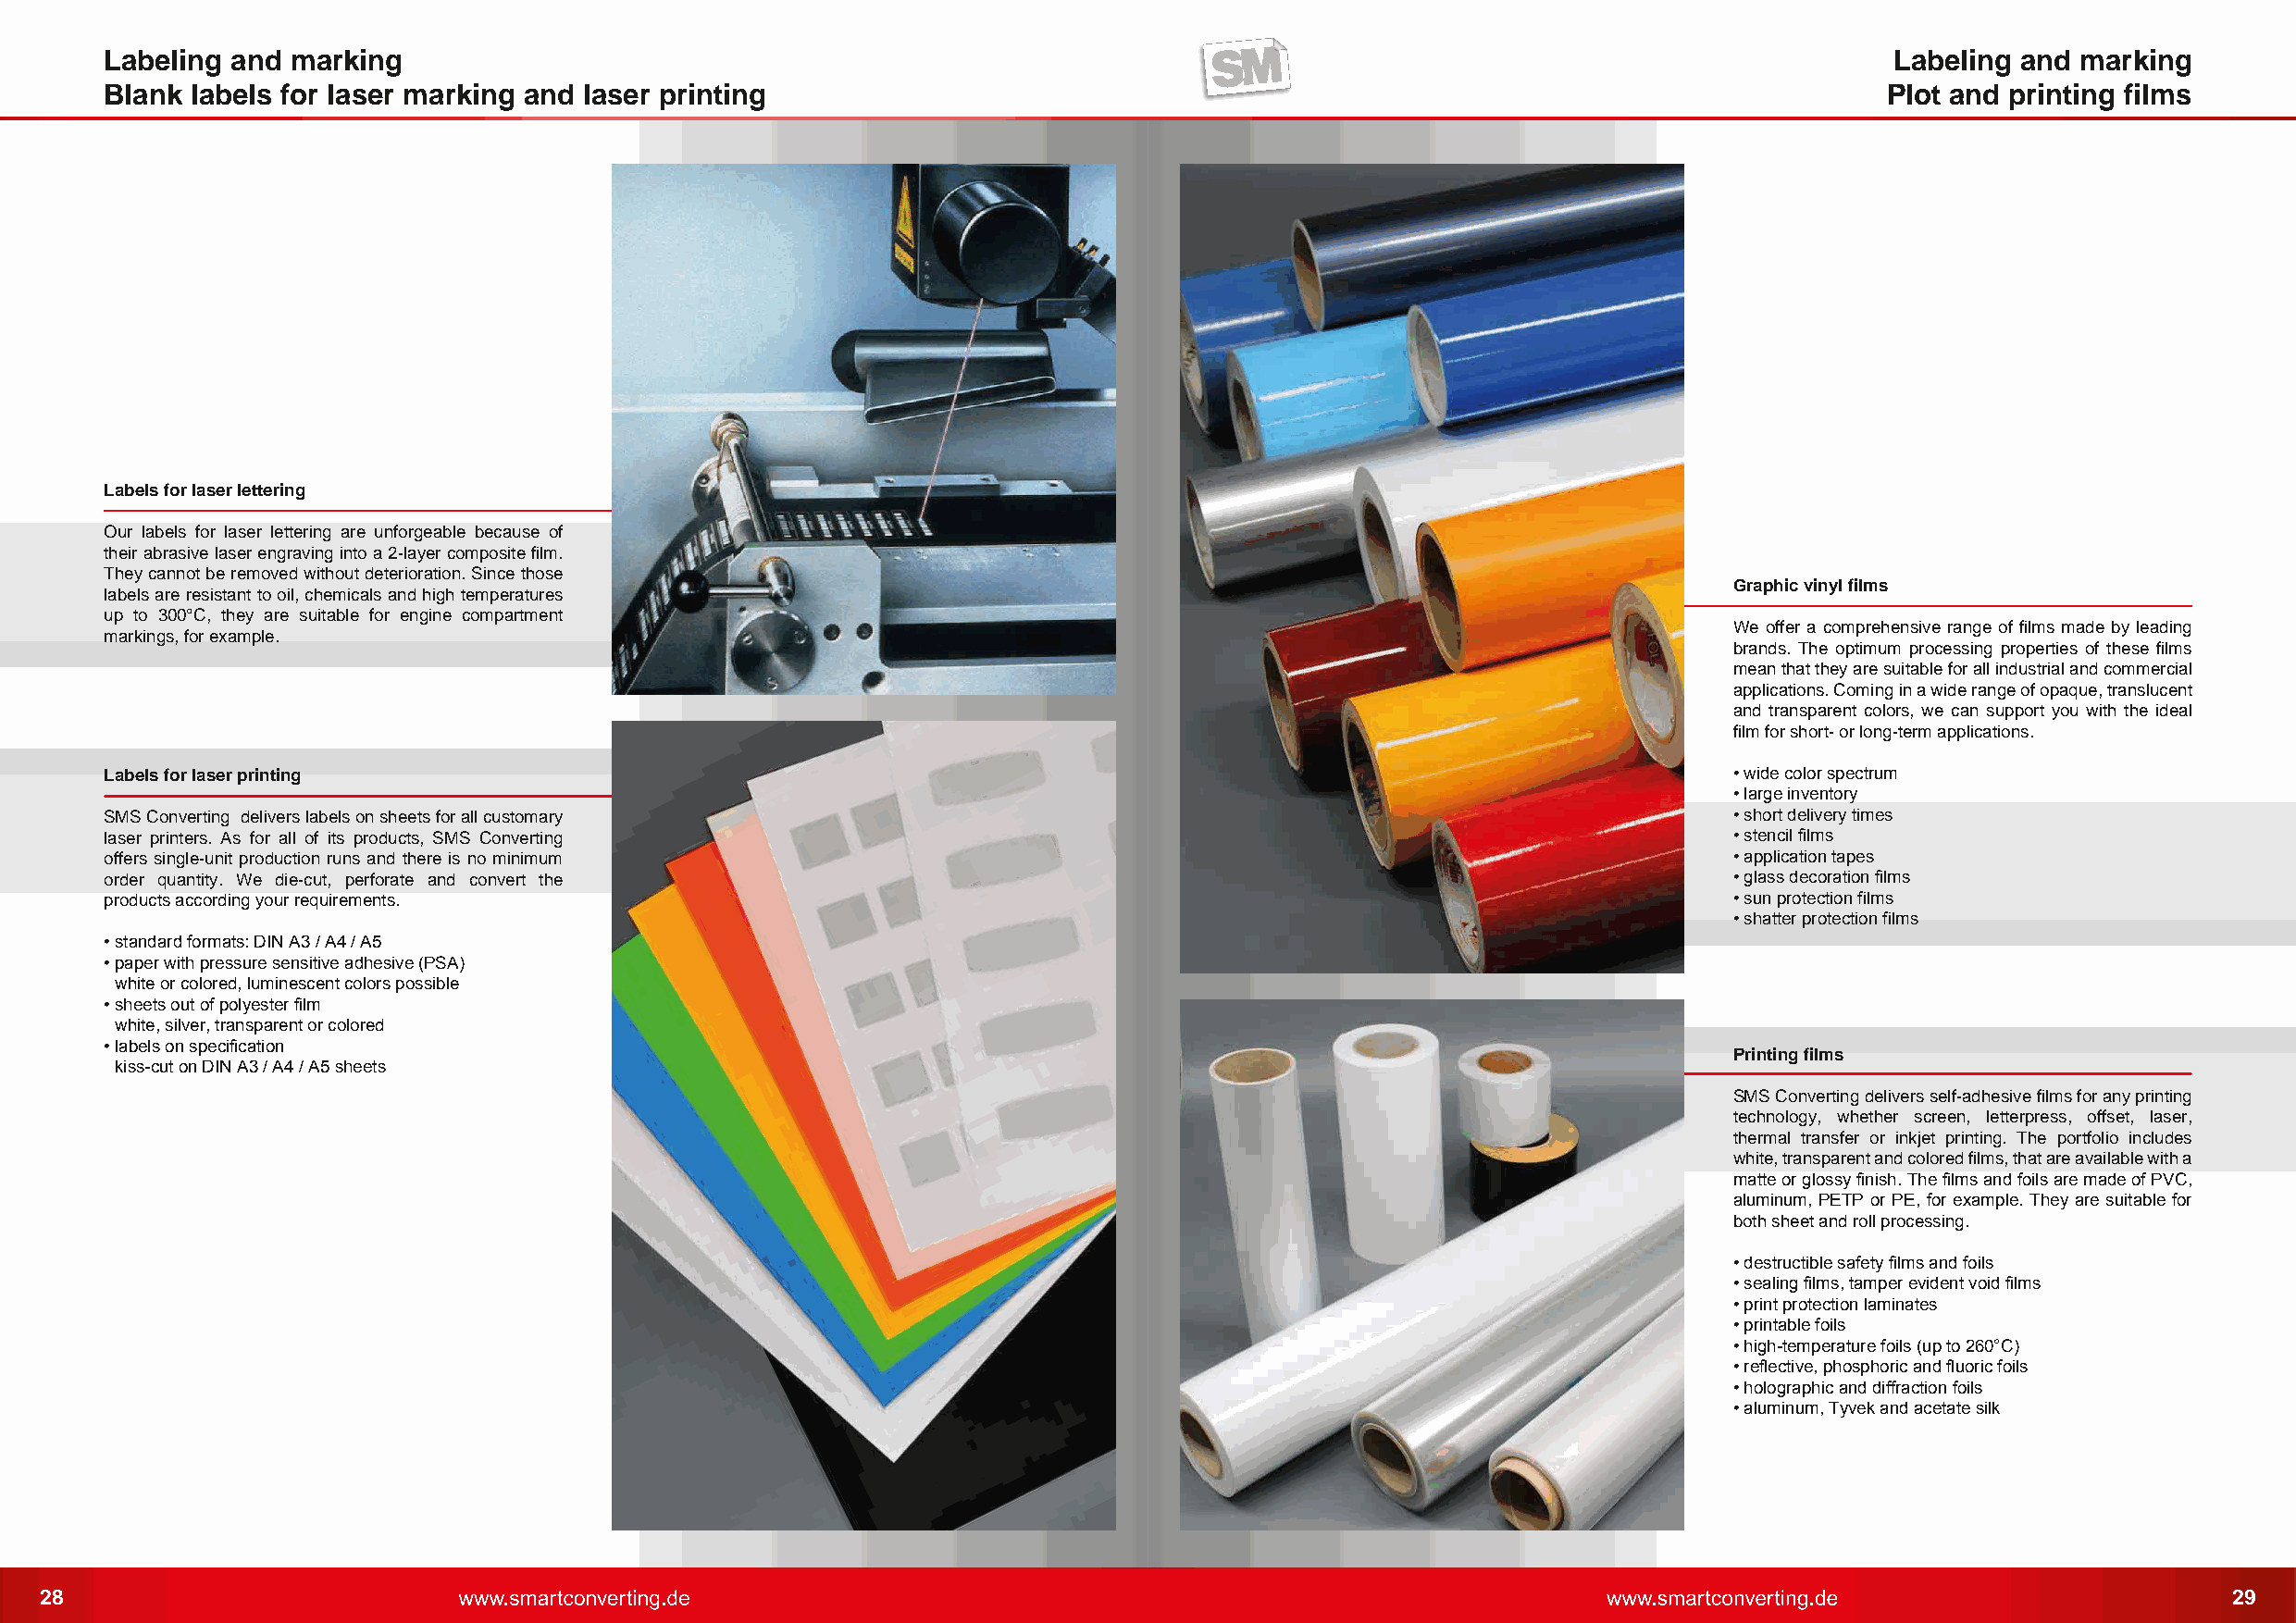
Labeling  and marking                                                                                                           Labeling and  marking
 Blank  labels for laser marking and laser printing                                                                              Plot and printing films
 Labels for laser lettering
 Our labels for laser lettering are unforgeable because of
 their abrasive laser engraving into a 2-layer composite film.
 They cannot be removed without deterioration. Since those
 Graphic vinyl films
 labels are resistant to oil, chemicals and high temperatures
 up to 300°C, they are suitable for engine compartment
 We offer a comprehensive range of films made by leading
 markings, for example.
 brands. The optimum processing properties of these films
 mean that they are suitable for all industrial and commercial
 applications. Coming in a wide range of opaque, translucent
 and transparent colors, we can support you with the ideal
 film for short- or long-term applications.
 Labels for laser printing                                                                                            • wide color spectrum
 • large inventory
 SMS Converting delivers labels on sheets for all customary                                                           • short delivery times
 laser printers. As for all of its products, SMS Converting                                                           • stencil films
 offers single-unit production runs and there is no minimum                                                           • application tapes
 order quantity. We die-cut, perforate and convert the                                                                • glass decoration films
 products according your requirements.                                                                                • sun protection films
 • shatter protection films
 • standard formats: DIN A3 / A4 / A5
 • paper with pressure sensitive adhesive (PSA)
 white or colored, luminescent colors possible
 • sheets out of polyester film
 white, silver, transparent or colored
 • labels on specification
 Printing films
 kiss-cut on DIN A3 / A4 / A5 sheets
 SMS Converting delivers self-adhesive films for any printing
 technology, whether screen, letterpress, offset, laser,
 thermal transfer or inkjet printing. The portfolio includes
 white, transparent and colored films, that are available with a
 matte or glossy finish. The films and foils are made of PVC,
 aluminum, PETP or PE, for example. They are suitable for
 both sheet and roll processing.
 • destructible safety films and foils
 • sealing films, tamper evident void films
 • print protection laminates
 • printable foils
 • high-temperature foils (up to 260°C)
 • reflective, phosphoric and fluoric foils
 • holographic and diffraction foils
 • aluminum, Tyvek and acetate silk
 28                                                                                                                                                           29